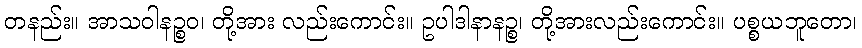
တနည်း။ အာသဝါနဉ္စဝ၊ တို့အား လည်းကောင်း။ ဥပါဒါနာနဉ္စ၊ တို့အားလည်းကောင်း။ ပစ္စယဘူတော၊